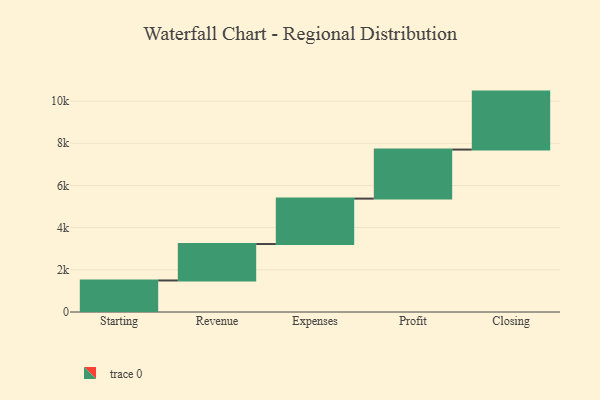
{"axis": {"x": "Step", "y": "Value"}, "legend": [""], "data": [{"x": "Starting", "y": 1495.0, "type": ""}, {"x": "Revenue", "y": 1728.0, "type": ""}, {"x": "Expenses", "y": 2154.0, "type": ""}, {"x": "Profit", "y": 2325.0, "type": ""}, {"x": "Closing", "y": 2749.0, "type": ""}]}